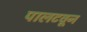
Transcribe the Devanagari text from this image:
पालटवून